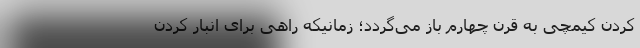
کردن کیمچی به قرن چهارم باز می‌گردد؛ زمانیکه راهی برای انبار کردن